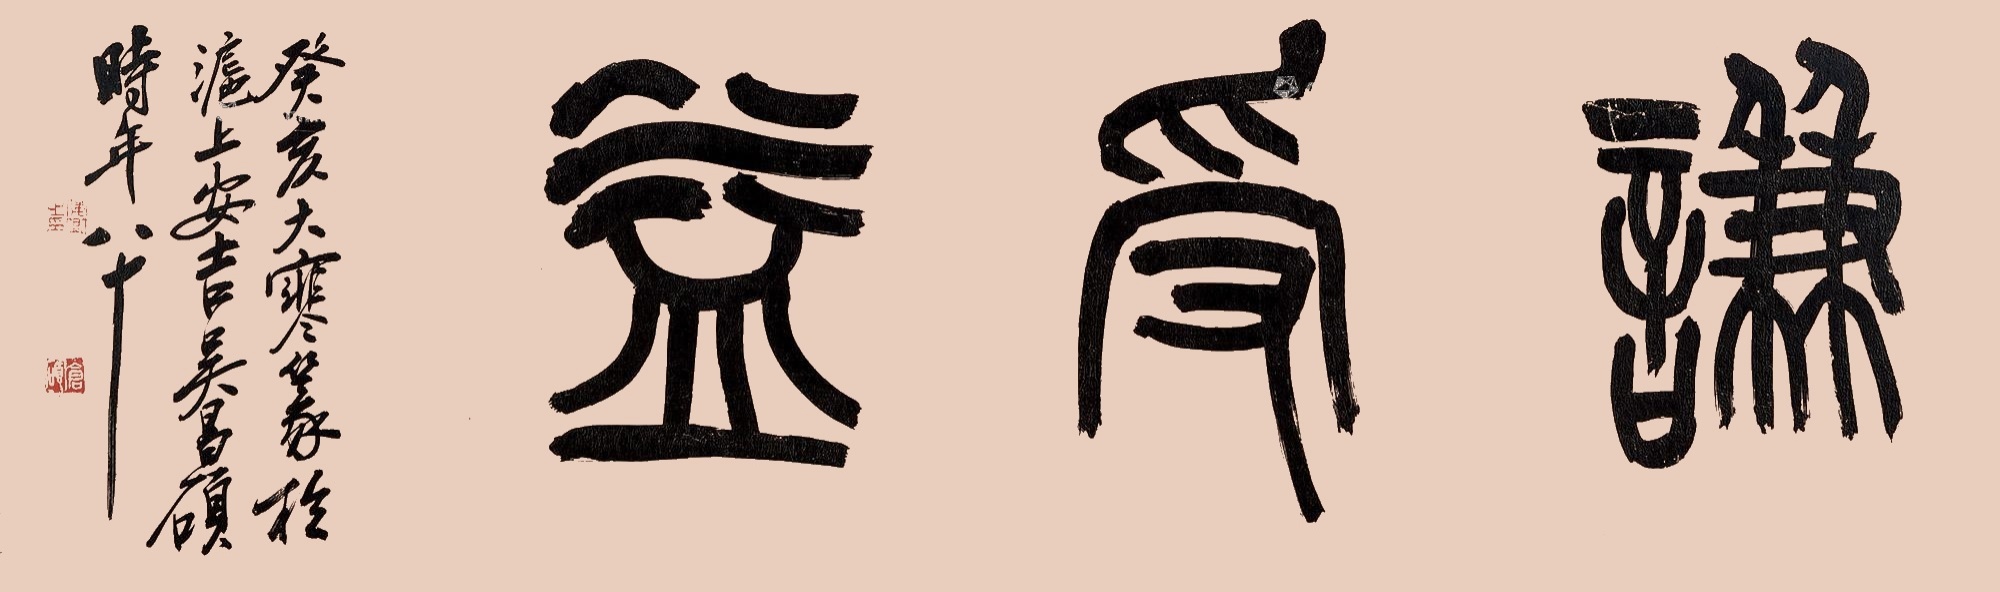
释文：谦受益。癸亥（1923年）大寒，篆于沪上，安吉吴昌硕时年八十。